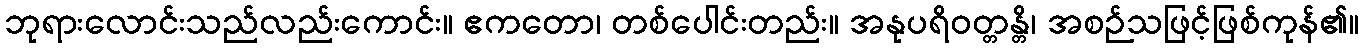
ဘုရားလောင်းသည်လည်းကောင်း။ ဧကတော၊ တစ်ပေါင်းတည်း။ အနုပရိဝတ္တန္တိ၊ အစဉ်သဖြင့်ဖြစ်ကုန်၏။